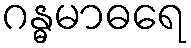
ဂန္ဓမာဓရေ